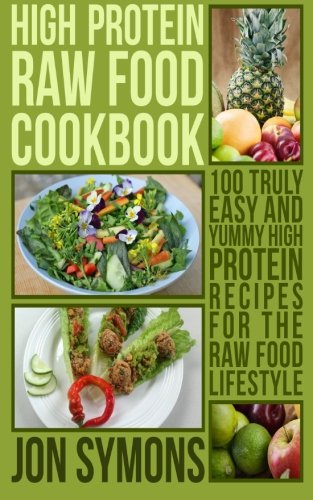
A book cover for High Protein Raw Food Cookbook: 100 Truly Easy and Yummy High Protein Recipes for the Raw Food Lifestyle; Jon Symons; Cookbooks, Food & Wine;